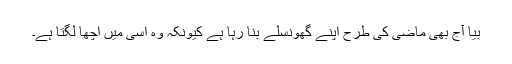
بیّا آج بھی ماضی کی طرح اپنے گھونسلے بنا رہا ہے کیونکہ وہ اسی میں اچھا لگتا ہے۔